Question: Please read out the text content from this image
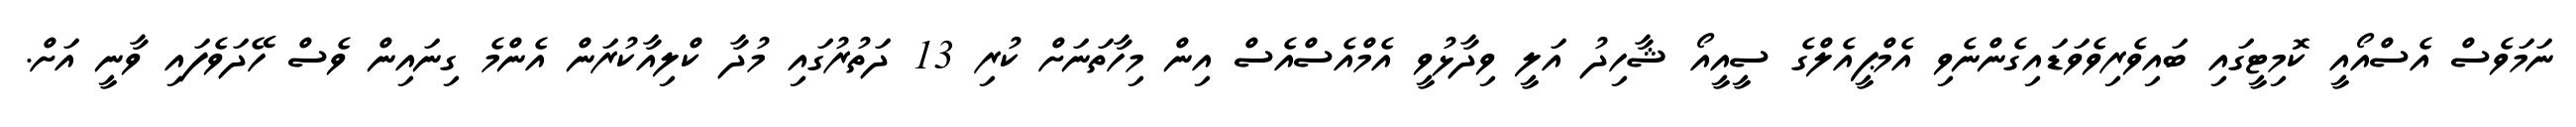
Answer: ނަމަވެސް އެސްއޯއީ ކޮމިޓީގައި ބައިވެރިވެވަޑައިގެންނެވި އެމްޕީއެލްގެ ސީއީއޯ ޝާހިދު އަލީ ވިދާޅުވީ އެމްއެސްއެސް އިން މިހާތަނަށް ކުރި 13 ދަތުރުގައި މުދާ ކްލިއާކުރަން އެންމެ ގިނައިން ވެސް ހޭދަވެފައި ވާނީ އަށް.